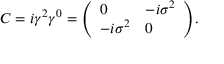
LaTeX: C = i \gamma ^ { 2 } \gamma ^ { 0 } = { \left( \begin{array} { l l } { 0 } & { - i \sigma ^ { 2 } } \\ { - i \sigma ^ { 2 } } & { 0 } \end{array} \right) } .